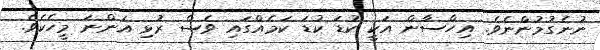
ނުނެގުމުންނެވެ. އިހްސާން އަކީ ކުޑަ ކުޑަ ކަމެއްގައި ވެސް ރުޅި އަންނަ މީހެކެވެ.